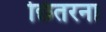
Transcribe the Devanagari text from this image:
छितरना